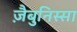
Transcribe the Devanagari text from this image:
ज़ैबुनिस्सा